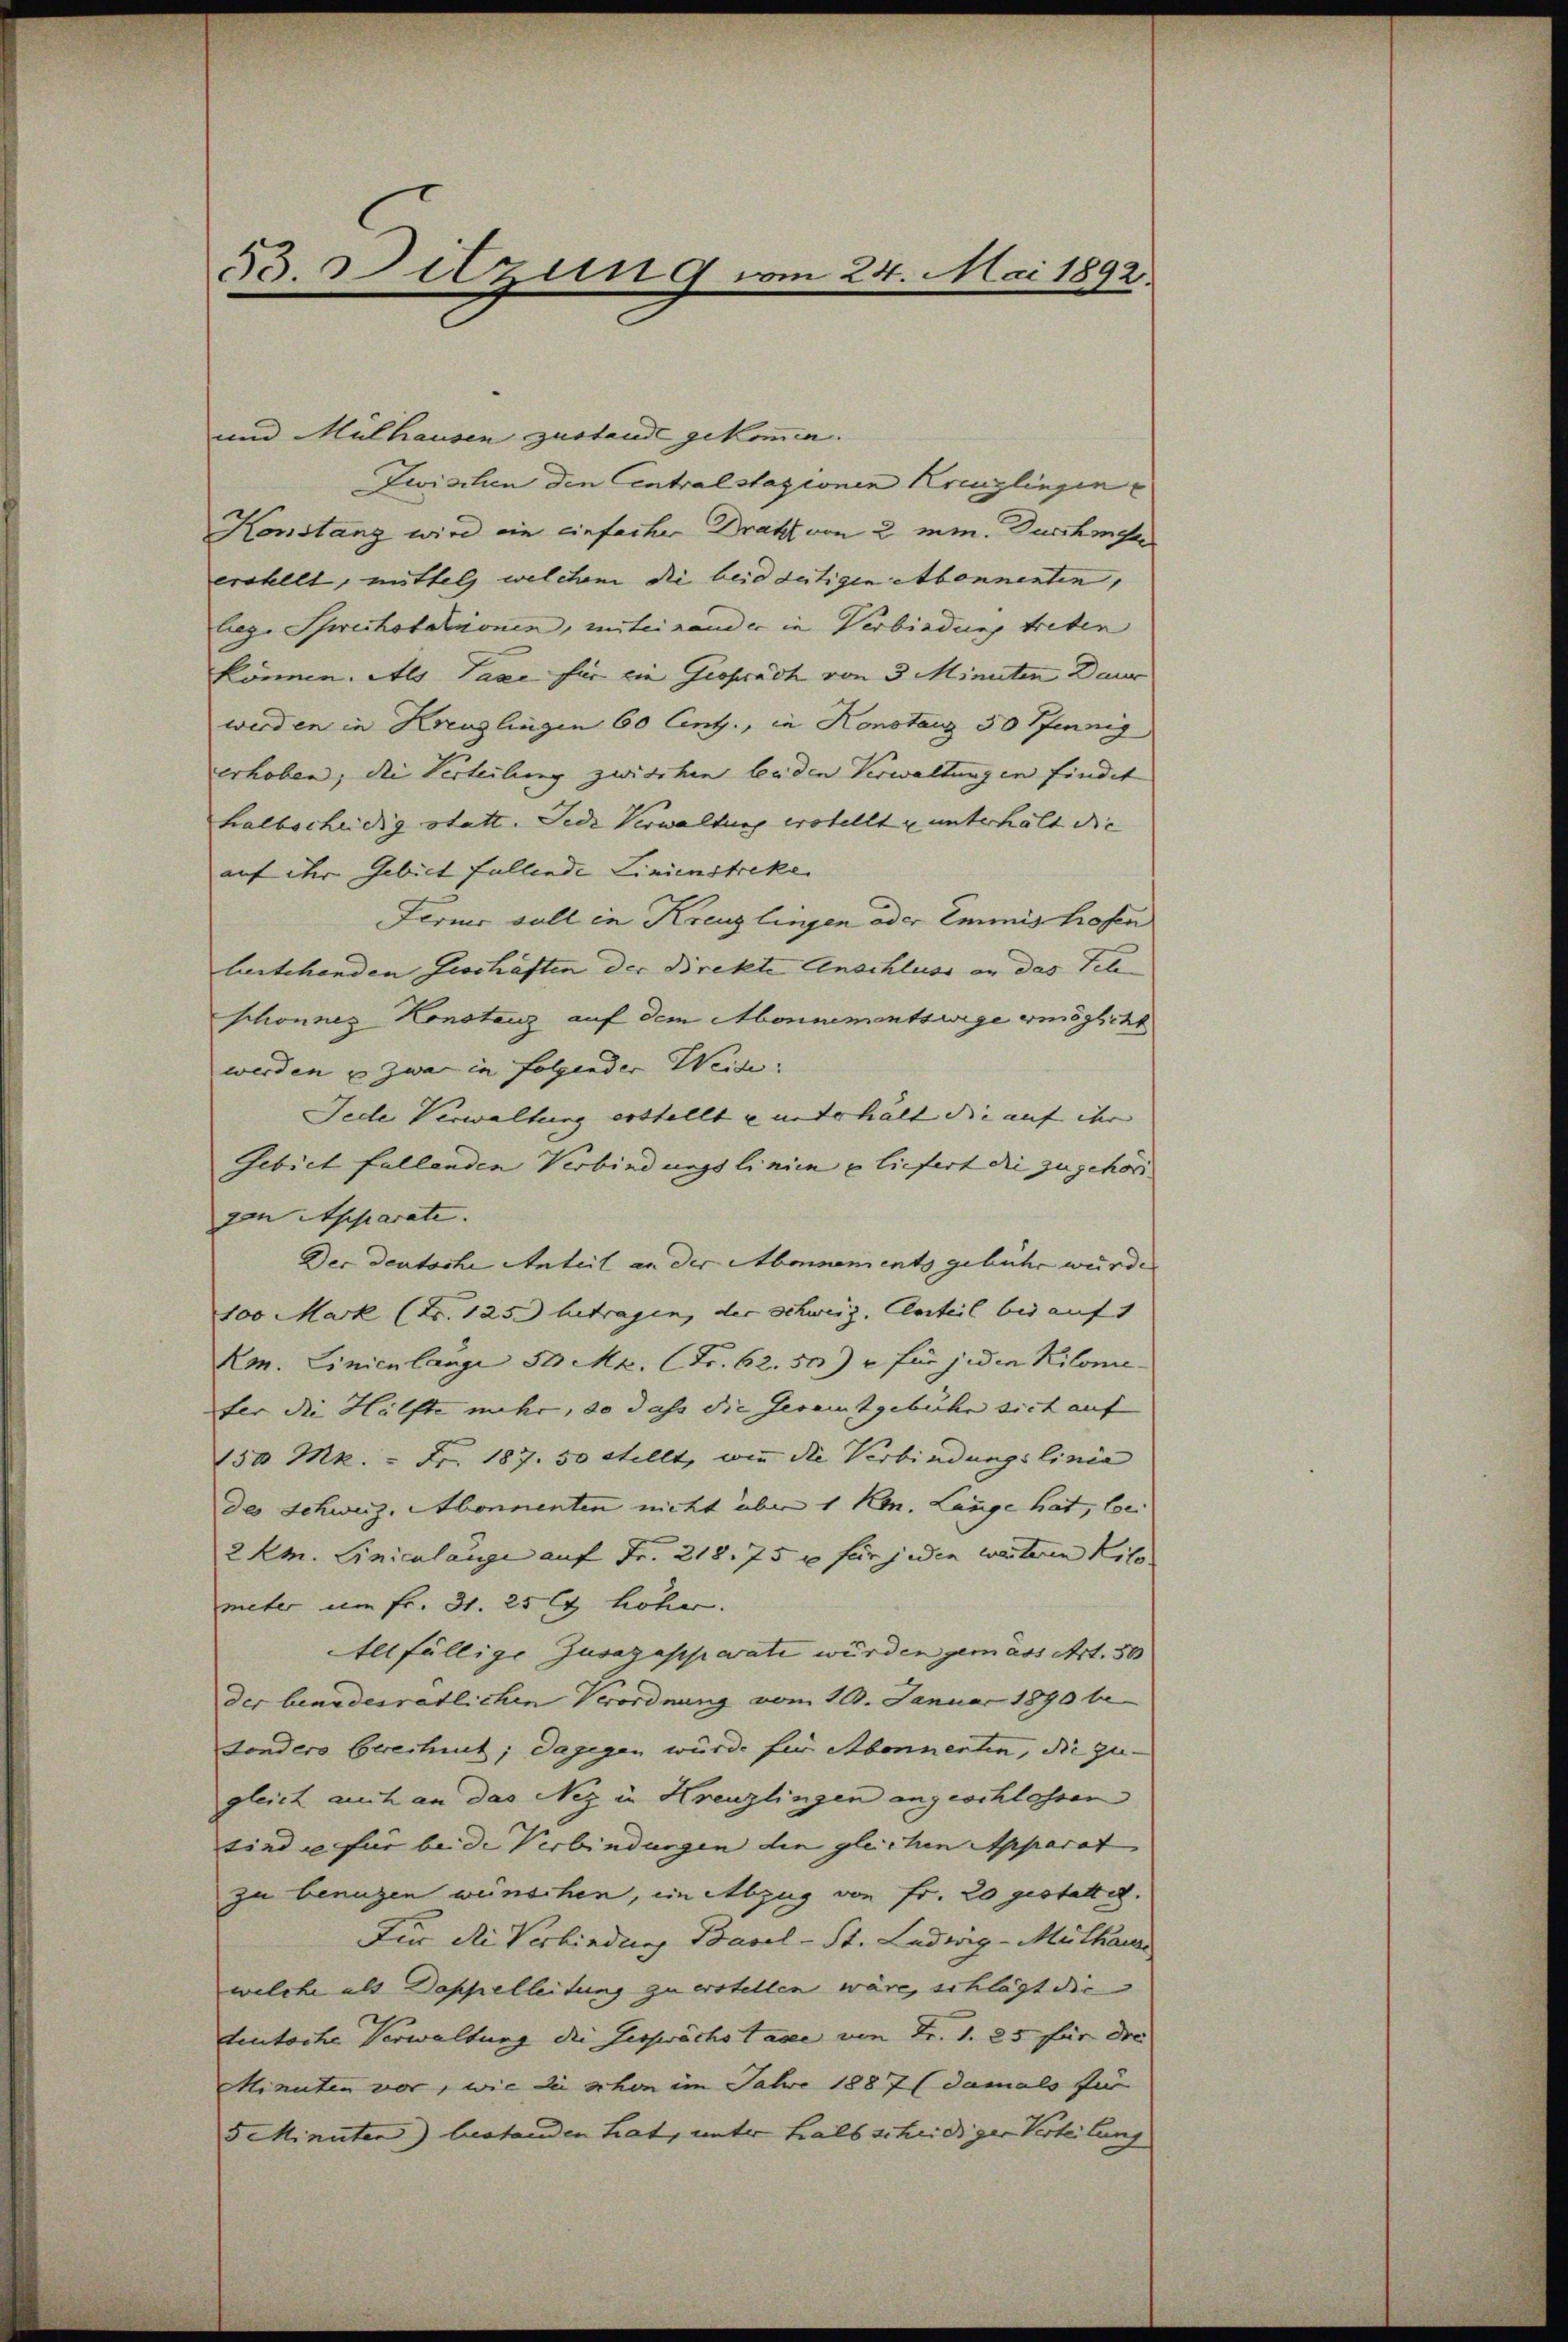
53 Sitzung vom 24. Mai 1892.

und Mülhausen zustande gekommen.
Zwischen den Centralstazionen Kreuzlingen e
Konstanz wird ein einfacher Draht von 2 mm. Durchmer
erstellt, mittel welchem die beidseitigen etbonnenten, |
leg. Schwechstationen, miteinander in Verbindung treten
können. Als Taxe für die Gesprach von 3 Minuten Daur
werden in Kreuzlingen 60 Centz., in Konstanz 30 Pfennig
erhoben, die Verteilung zwischen beden Verwaltungen findet
halbscheidig statt. Jede Verwaltung erstellt u unterhält die |
auf der Gebiet fallende Linienstreke
Ferner soll in Kreuzlingen oder Emmis hofen
bestehenden Geschäften der Direkte Anschluss an das Tele
schonnez-Konstanz auf dem Abonnementswege ermöglicht
werden u zwar in folgender Weise.
Jede Verwaltung erstellt u unterhält die auf ihr |
Gebiet fallenden Verbindungslinien u liefert die zugehöri
gan Apparate.
Der deutsche Anteil an der Abonnements gebühr wurde
100 Mark (Nr. 125.) betragen, der Schweiz. Anteil bis auf 1
Kon. Linienlange 50 M. (Fr. 62. 500) für jeden Kilomie-
fer die Hälfte mehr, so dass die Gesamtgebühr sich auf
150 Mk. - Fr. 187. 50 Stellt, wie die Verbindungslinia
des Schweiz, Abonnenten nicht über 1 Kon. Länge hat, be
2 km. Linicalauge auf Fr. 218. 75 x für jeden weiteren Kilo
meter um fr. 31. 25 l. höher.
Allfällige Zusagapparati wurden gemass Art. 30
der bindesrätlichen Verordnung vom 10. Januar 1890 be-
sonders berechnet; dagegen würde für Abonnenten, die zu-
gleich auch an das Nez in Kreuzlingen angeschlossen
sind u für beide Verbindungen die gleichen Apparat
zu benuzen wünschen, im Abzug von Fr. 20 gestattet.
Für die Verbindung Basel-St. Ludwig - Mülhaus
welche als Doppelleitung zu erstellen wäre, schlägt die
teutsche Verwaltung die Gesprächs Taxe von Fr. 1. 25 für die
Minuten vor, wie die schon im Jahre 1887 damals für
5 Minuten) bestanden hat, unter halb scheidiger Verteilung